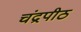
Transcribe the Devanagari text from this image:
चंद्रपीठ